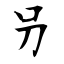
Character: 叧